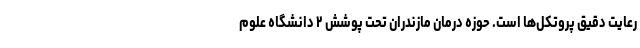
رعایت دقیق پروتکل‌ها است. حوزه درمان مازندران تحت پوشش ۲ دانشگاه علوم